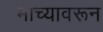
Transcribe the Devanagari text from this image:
माच्यावरून